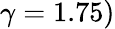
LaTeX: \gamma=1.75)